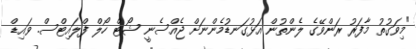
"މިވަގުތު މާފަރު ރަންވޭގެ ލެންތުން އަޅުގަނޑުމެންނަށް ޖެއްސެނީ ޝޯޓް ހޯލް ފްލައިޓްސް. ވައިޑް